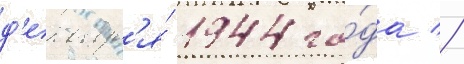
д'екабр'я́ 1944 го́да //